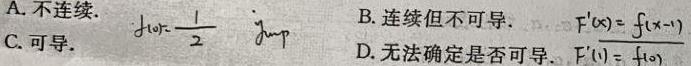
A. 不连续. $f_{lor}=\frac{1}{2}$ $f_{jump}$
B. 连续但不可导. $F^\prime(x)=f(x - 1)$
C. 可导.
D. 无法确定是否可导. $F^\prime(1)=f(0)$